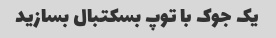
یک جوک با توپ بسکتبال بسازید